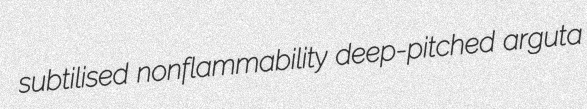
subtilised nonflammability deep-pitched arguta